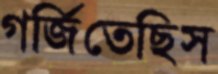
গর্জিতেছিস